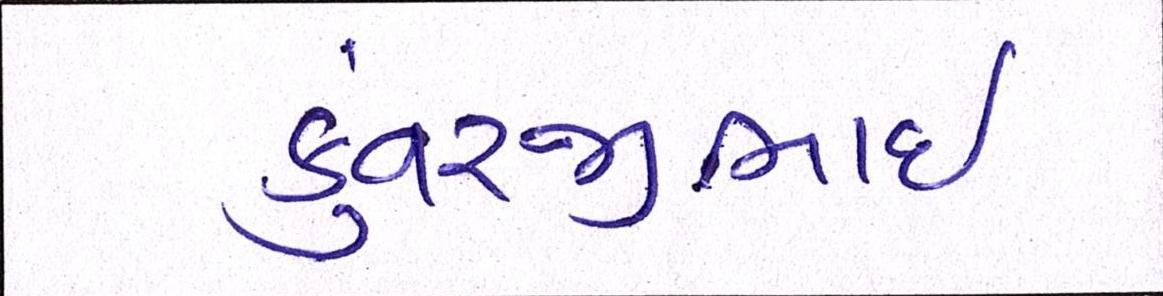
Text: કુંવરજીભાઈ